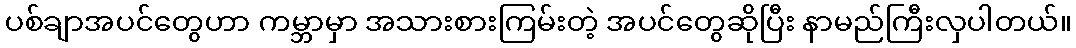
ပစ်ချာအပင်တွေဟာ ကမ္ဘာမှာ အသားစားကြမ်းတဲ့ အပင်တွေဆိုပြီး နာမည်ကြီးလှပါတယ်။